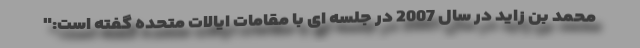
محمد بن زاید در سال 2007 در جلسه ای با مقامات ایالات متحده گفته است:"